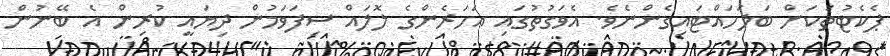
ޕެކެޓުތަކަށް ބަލަހައްޓައިގެންނެވެ. އެވަގުތުގައި އަހަރެންގެ ލޮލައް ސިފަވަމުން ދިޔައީ ކުރިން އެ ބޭނުން